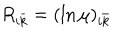
R _ { i \bar { k } } = ( \ln \mu ) _ { i \bar { k } }